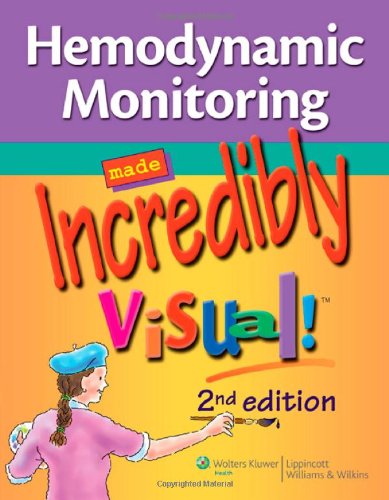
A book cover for Hemodynamic Monitoring Made Incredibly Visual! (Incredibly Easy! SeriesÂ®); Lippincott; Medical Books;